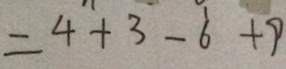
= 4 + 3 - 6 + 9